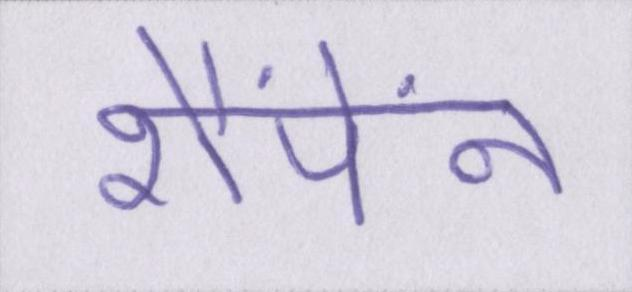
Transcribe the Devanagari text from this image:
शैंपेंन